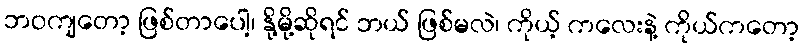
ဘဝကျတော့ ဖြစ်တာပေါ့၊ နို့မို့ဆိုရင် ဘယ် ဖြစ်မလဲ၊ ကိုယ့် ကလေးနဲ့ ကိုယ်ကတော့